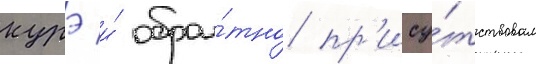
курэ и́ обра́тно пр'ису́тствовал